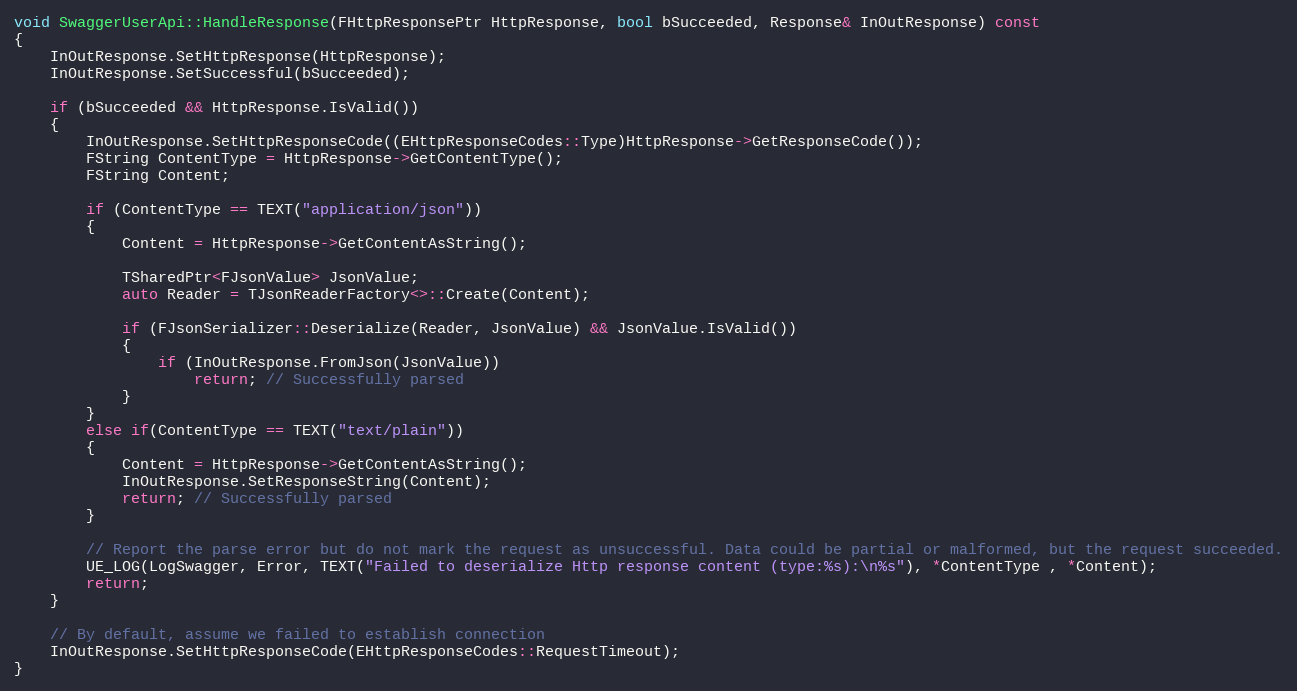
Language: C++
void SwaggerUserApi::HandleResponse(FHttpResponsePtr HttpResponse, bool bSucceeded, Response& InOutResponse) const
{
	InOutResponse.SetHttpResponse(HttpResponse);
	InOutResponse.SetSuccessful(bSucceeded);

	if (bSucceeded && HttpResponse.IsValid())
	{
		InOutResponse.SetHttpResponseCode((EHttpResponseCodes::Type)HttpResponse->GetResponseCode());
		FString ContentType = HttpResponse->GetContentType();
		FString Content;

		if (ContentType == TEXT("application/json"))
		{
			Content = HttpResponse->GetContentAsString();

			TSharedPtr<FJsonValue> JsonValue;
			auto Reader = TJsonReaderFactory<>::Create(Content);

			if (FJsonSerializer::Deserialize(Reader, JsonValue) && JsonValue.IsValid())
			{
				if (InOutResponse.FromJson(JsonValue))
					return; // Successfully parsed
			}
		}
		else if(ContentType == TEXT("text/plain"))
		{
			Content = HttpResponse->GetContentAsString();
			InOutResponse.SetResponseString(Content);
			return; // Successfully parsed
		}

		// Report the parse error but do not mark the request as unsuccessful. Data could be partial or malformed, but the request succeeded.
		UE_LOG(LogSwagger, Error, TEXT("Failed to deserialize Http response content (type:%s):\n%s"), *ContentType , *Content);
		return;
	}

	// By default, assume we failed to establish connection
	InOutResponse.SetHttpResponseCode(EHttpResponseCodes::RequestTimeout);
}